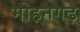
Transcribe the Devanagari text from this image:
मोहनगढ़